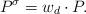
LaTeX: \begin{align*}P^\sigma = w_d \cdot P.\end{align*}